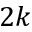
2 k